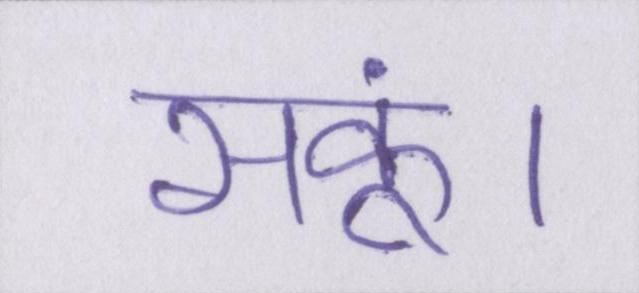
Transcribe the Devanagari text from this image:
सकूं।